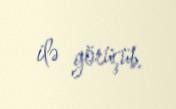
ilə görüşüb.